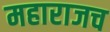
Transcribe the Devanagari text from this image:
महाराजच